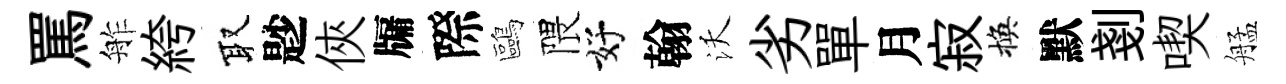
罵舴絝取尟俠牖際鷗隈好翰沃劣單月寂換默剗喫艋